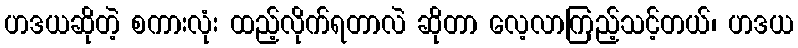
ဟဒယဆိုတဲ့ စကားလုံး ထည့်လိုက်ရတာလဲ ဆိုတာ လေ့လာကြည့်သင့်တယ်၊ ဟဒယ